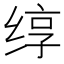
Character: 𬘯